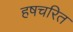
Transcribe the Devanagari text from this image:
हषचरित